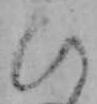
ひ